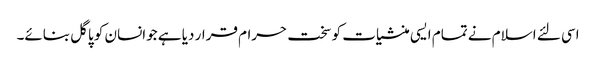
اسی لئے اسلام نے تمام ایسی منشیات کو سخت حرام قرار دیا ہے جوانسان کو پاگل بنائے۔